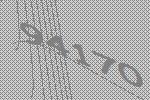
94170